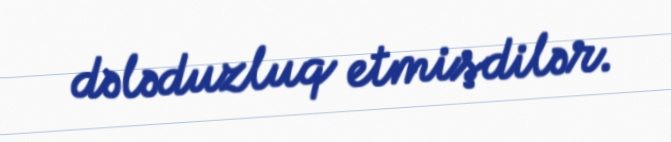
dələduzluq etmişdilər.